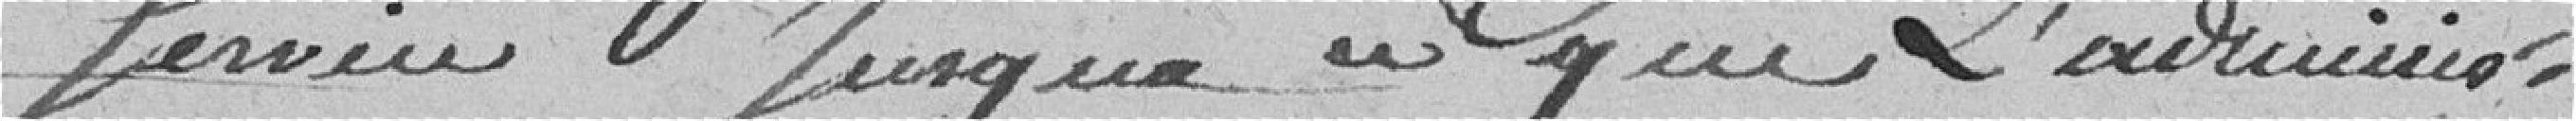
service jusqu'à ce que l'adminis